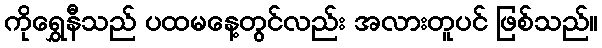
ကိုရွှေနီသည် ပထမနေ့တွင်လည်း အလားတူပင် ဖြစ်သည်။